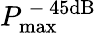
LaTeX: P_{\mathrm{max}}^{\mathrm{~-~}45\mathrm{dB}}